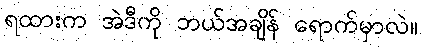
ရထားက အဲဒီကို ဘယ်အချိန် ရောက်မှာလဲ။